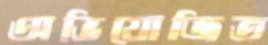
অভিযোজিত